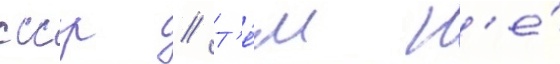
ссср // Т'е́м н'е́